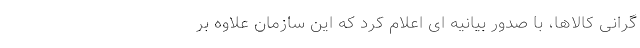
گرانی کالاها، با صدور بیانیه ای اعلام کرد که این سازمان علاوه بر